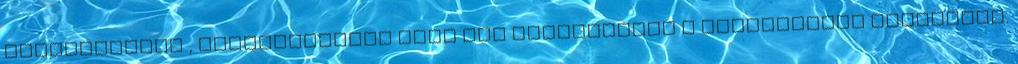
Regisztráció , bejelentkezés után már kitöltheted a Szaknévsori adatlapot.